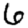
Digit: 6